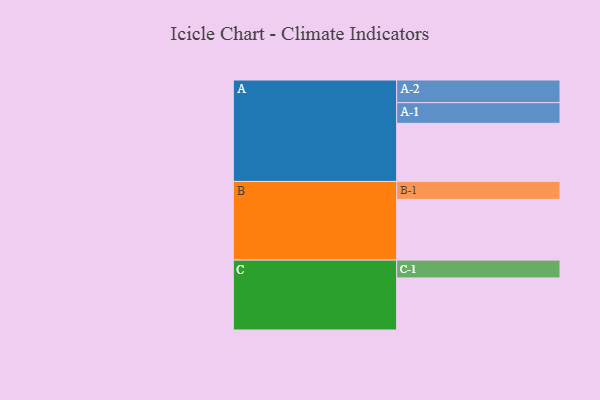
{"axis": {"x": "Segment", "y": "Value"}, "legend": ["", "A", "B", "C"], "data": [{"x": "A", "y": 490, "type": ""}, {"x": "B", "y": 512, "type": ""}, {"x": "C", "y": 439, "type": ""}, {"x": "A-1", "y": 174, "type": "A"}, {"x": "A-2", "y": 191, "type": "A"}, {"x": "B-1", "y": 151, "type": "B"}, {"x": "C-1", "y": 150, "type": "C"}]}